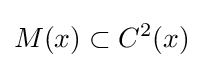
M(x)\subset C^{2}(x)